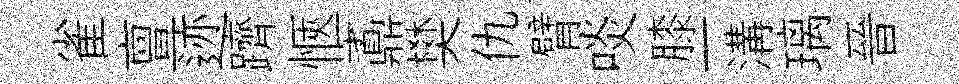
雀亶迹躋愜鼒樊仇臂啖膝一溝璃晉